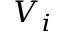
V _ { i }